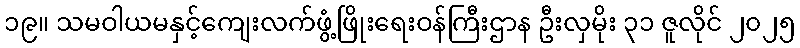
၁၉။ သမဝါယမနှင့်ကျေးလက်ဖွံ့ဖြိုးရေးဝန်ကြီးဌာန ဦးလှမိုး ၃၁ ဇူလိုင် ၂၀၂၅